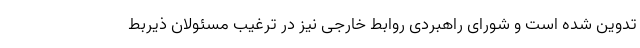
تدوین شده است و شورای راهبردی روابط خارجی نیز در ترغیب مسئولان ذیربط